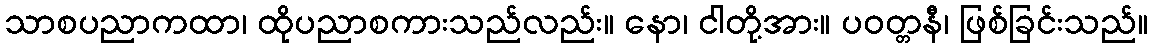
သာစပညာကထာ၊ ထိုပညာစကားသည်လည်း။ နော၊ ငါတို့အား။ ပဝတ္တနီ၊ ဖြစ်ခြင်းသည်။